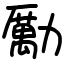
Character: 勵